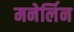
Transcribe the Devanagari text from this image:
मनेर्लिन